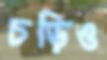
চড়িও